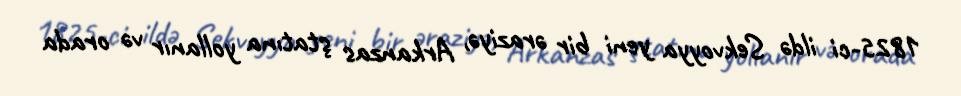
1825-ci ildə Sekvoyya yeni bir əraziyə, Arkanzas ştatına yollanır və orada